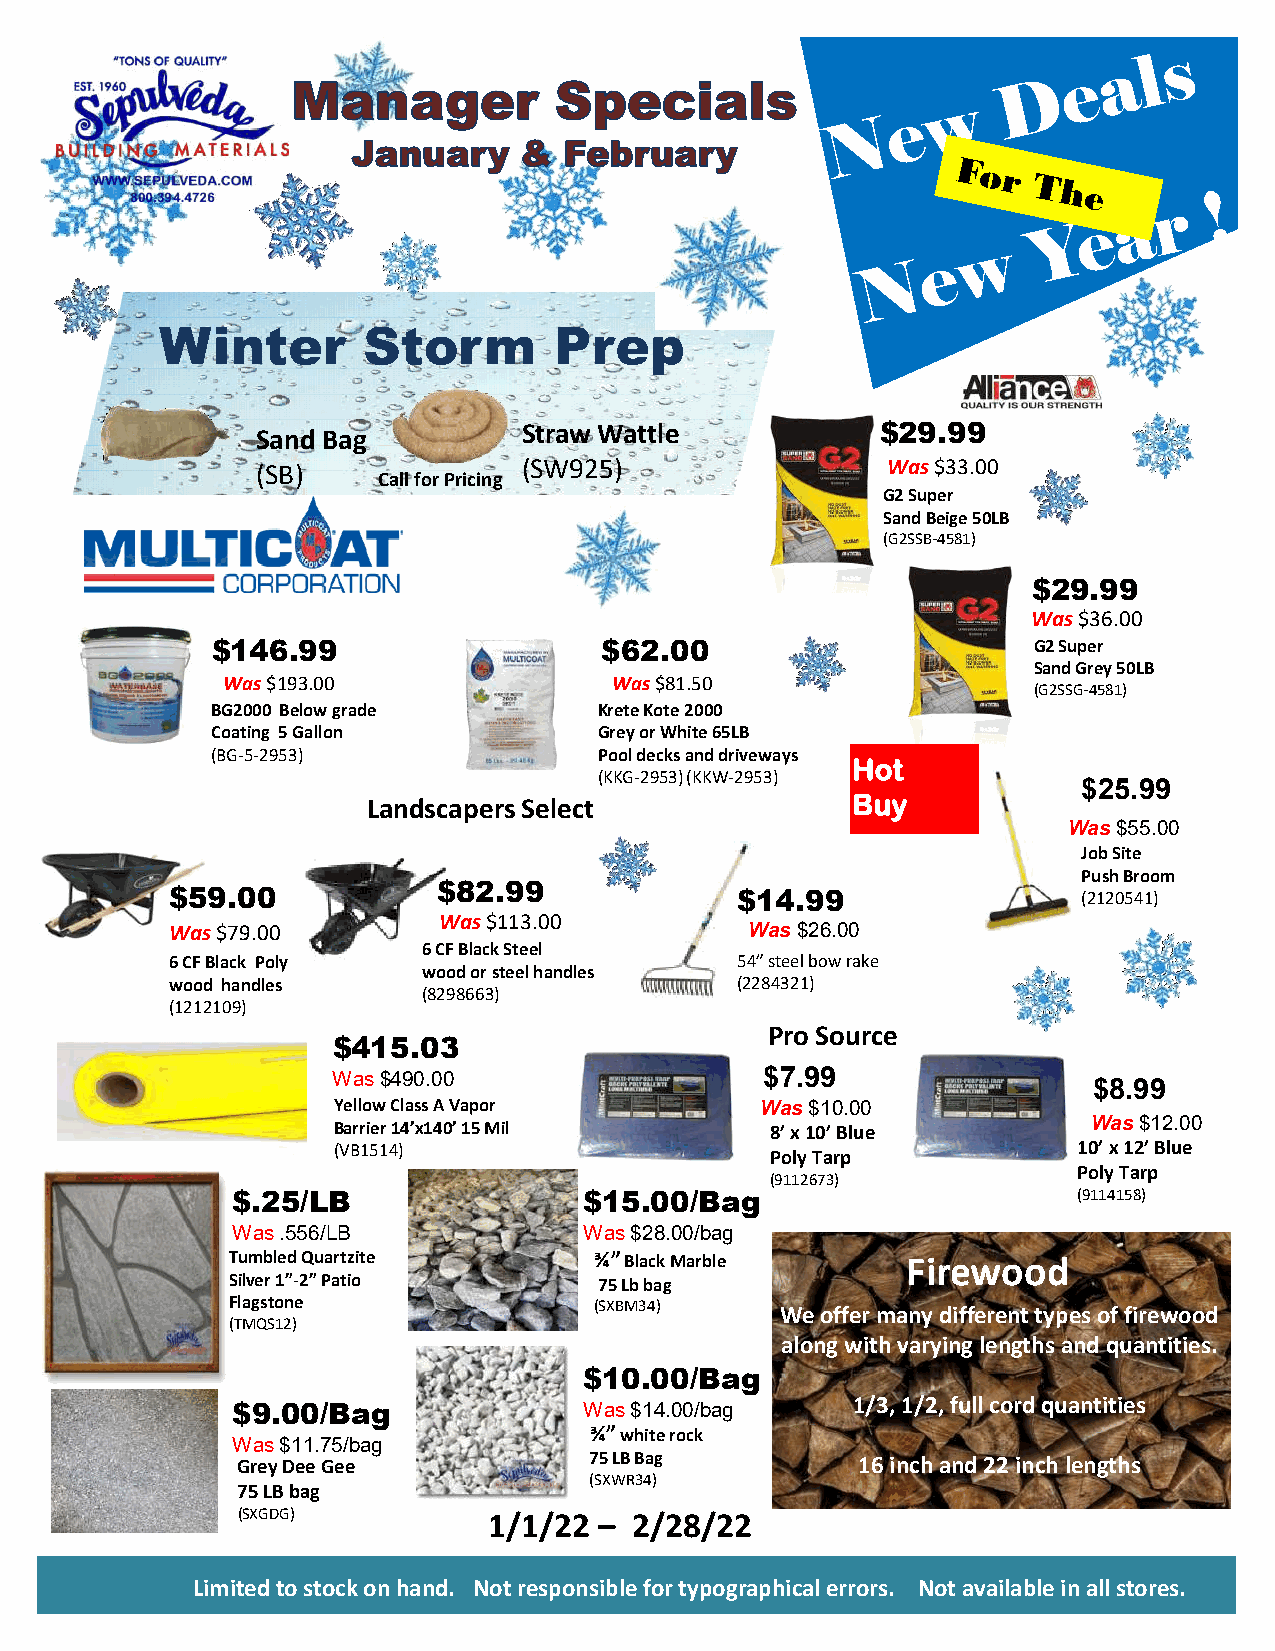
Winter       Storm        Prep
 Sand Bag          Straw Wattle           $29.99
 (SB)              (SW925)                 Was$33.00
 Call for Pricing
 G2 Super
 Sand Beige 50LB
 (G2SSB-4581)
 $29.99
 Was$36.00
 $146.99                   $62.00                      G2 Super
 Sand Grey 50LB
 Was$193.00                Was$81.50
 (G2SSG-4581)
 BG2000 Below grade        Krete Kote 2000
 Coating 5 Gallon          Grey or White 65LB
 (BG-5-2953)               Pool decks and driveways
 Hot
 (KKG-2953) (KKW-2953)
 $25.99
 LLaannddssccaappeerrss SSeelleecctt Buy
 WWaass$$5555..0000
 Job Site
 Push Broom
 $82.99
 $59.00                                $14.99                 (2120541)
 Was$113.00
 Was$79.00                              Was$26.00
 6 CF Black Steel
 6 CF Black Poly                       54” steel bow rake
 wood or steel handles
 wood handles                          (2284321)
 (8298663)
 (1212109)
 Pro Source
 $415.03
 Was $490.00                  $7.99
 $8.99
 Yellow Class A Vapor        Was$10.00
 Was$12.00
 Barrier 14’x140’ 15 Mil      8’ x 10’ Blue
 (VB1514)                                         10’ x 12’ Blue
 Poly Tarp
 Poly Tarp
 (9112673)
 $.25/LB                 $15.00/Bag                      (9114158)
 Was .556/LB             Was $28.00/bag
 Tumbled Quartzite       ¾”Black Marble       Firewood
 Silver 1”-2” Patio       75 Lb bag
 Flagstone               (SXBM34)     We offer many different types of firewood
 (TMQS12)
 along with varying lengths and quantities.
 $10.00/Bag
 $9.00/Bag               Was $14.00/bag   1/3, 1/2, full cord quantities
 ¾” white rock
 Was $11.75/bag
 Grey Dee Gee           75 LB Bag         16 inch and 22 inch lengths
 (SXWR34)
 75 LB bag
 (SXGDG)         1/1/22  – 2/28/22
 Limited to stock on hand. Not responsible for typographical errors. Not available in all stores.